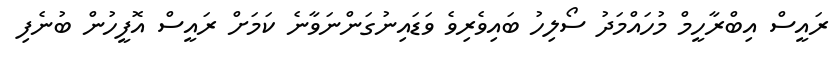
ރައީސް އިބްރާހީމް މުހައްމަދު ސޯލިހު ބައިވެރިވެ ވަޑައިނުގަންނަވާނެ ކަމަށް ރައީސް އޮފީހުން ބުނެފި